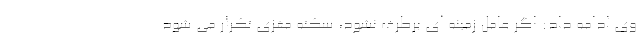
وی ادامه داد: اگر عامل زمینه ای برطرف نشود، سکته مغزی تکرار می شود